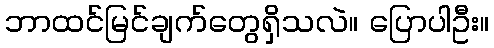
ဘာထင်မြင်ချက်တွေရှိသလဲ။ ပြောပါဦး။